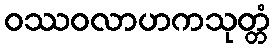
ဝဿဝလာဟကသုတ္တံ